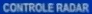
CONTROL RADAR